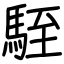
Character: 駤